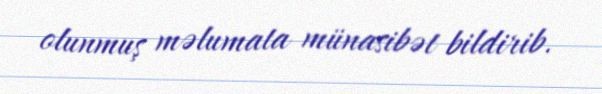
olunmuş məlumata münasibət bildirib.